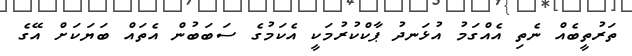
ތަރުތީބެއް ނެތި އެއްގަމު އުޅަނދު ޕާކްކުރުމަކީ އެކަމުގެ ސަބަބުން އެތައް ބަޔަކަށް އޭގެ